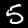
Digit: 5